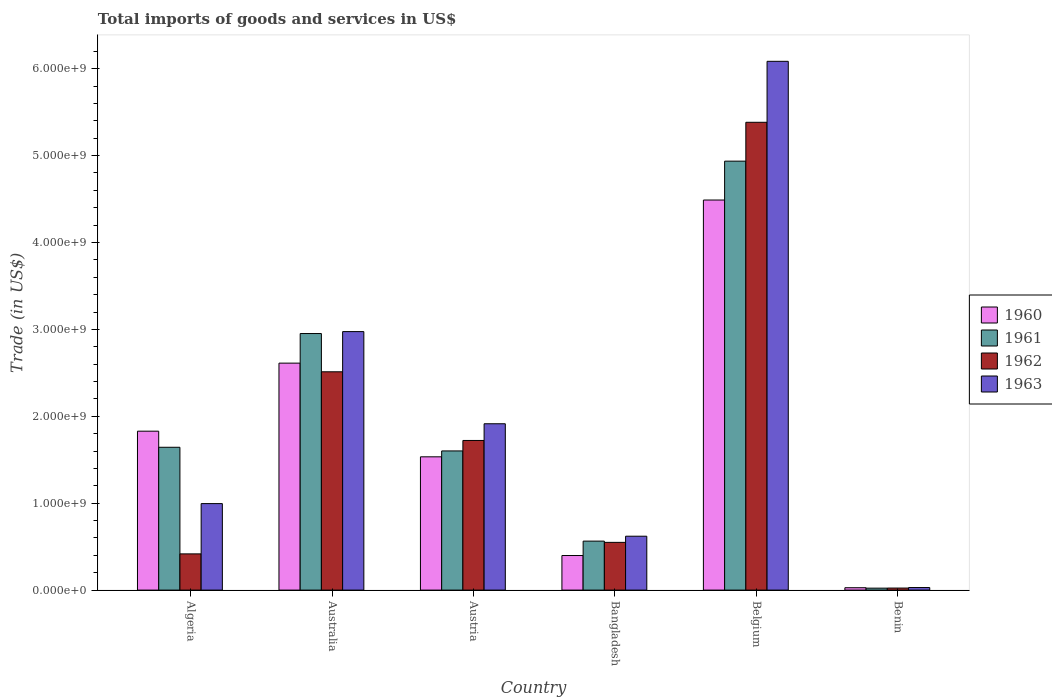
| Country | 1960 | 1961 | 1962 | 1963 |
 | --- | --- | --- | --- | --- |
 | Algeria | 1.83e+09 | 1.64e+09 | 4.17e+08 | 9.95e+08 |
 | Australia | 2.61e+09 | 2.95e+09 | 2.51e+09 | 2.97e+09 |
 | Austria | 1.53e+09 | 1.6e+09 | 1.72e+09 | 1.91e+09 |
 | Bangladesh | 3.98e+08 | 5.64e+08 | 5.49e+08 | 6.2e+08 |
 | Belgium | 4.49e+09 | 4.94e+09 | 5.38e+09 | 6.08e+09 |
 | Benin | 2.74e+07 | 2.25e+07 | 2.35e+07 | 2.95e+07 |